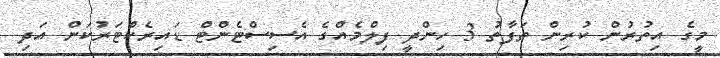
މީގެ އިތުރުން ކުރިން ތަފާތު 3 ހިންދީ ފިލްމެއްގެ އެސިސްޓެންޓް ޑައިރެކްޓަރުކަން އަދި